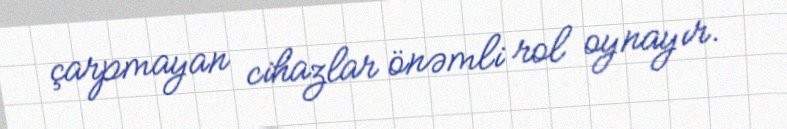
çarpmayan cihazlar önəmli rol oynayır.